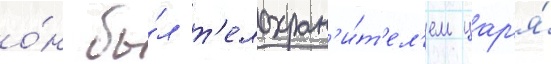
о́н бы́л т'елохран'и́т'ел'ем цар'я́